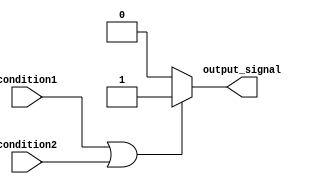
module behavioral_block(
    input wire condition1,
    input wire condition2,
    output reg output_signal
);

always @(*)
begin
    if (condition1 || condition2) begin
        // Execute block of code if either condition1 or condition2 is true
        output_signal <= 1;
    end
    else begin
        // Execute block of code if neither condition1 nor condition2 is true
        output_signal <= 0;
    end
end

endmodule